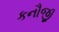
કનૌજી